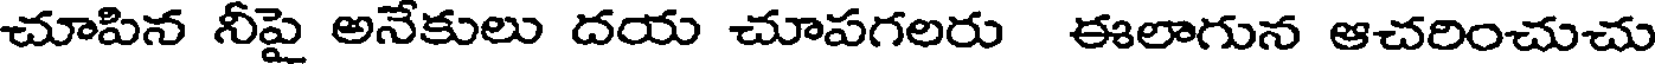
చూపిన నీపై అనేకులు దయ చూపగలరు ఈలాగున ఆచరించుచు